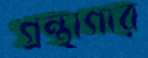
গ্রন্থাগার